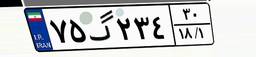
۷۵گ۲۳۴۳۰